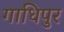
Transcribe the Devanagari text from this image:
गाधिपुर